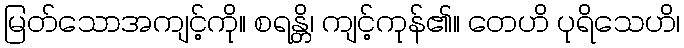
မြတ်သောအကျင့်ကို။ စရန္တိ၊ ကျင့်ကုန်၏။ တေဟိ ပုရိသေဟိ၊